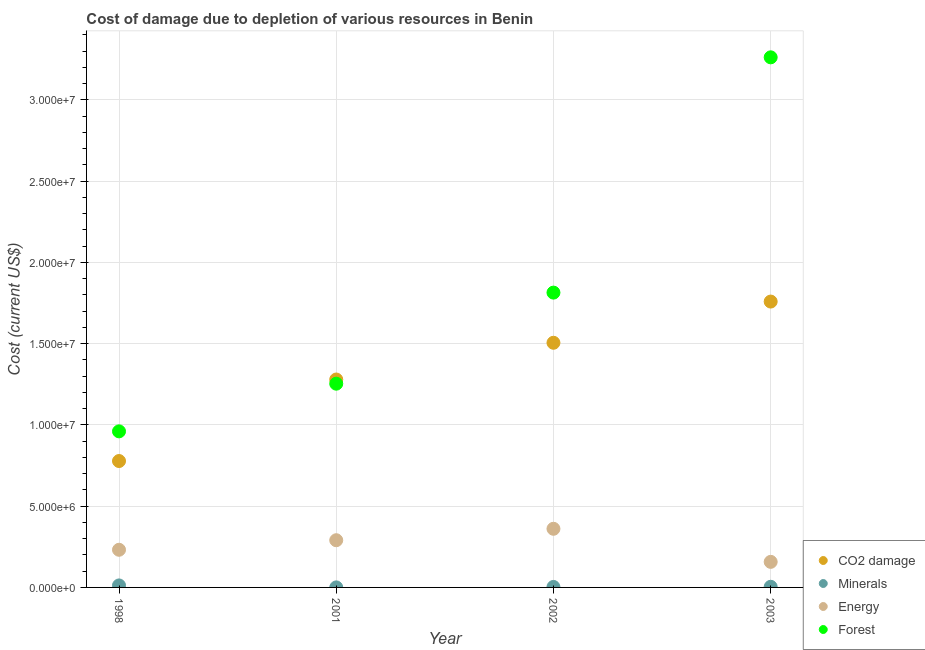
| Year | CO2 damage | Minerals | Energy | Forest |
 | --- | --- | --- | --- | --- |
 | 1998 | 7.78e+06 | 1.23e+05 | 2.32e+06 | 9.6e+06 |
 | 2001 | 1.28e+07 | 2.03e+03 | 2.9e+06 | 1.25e+07 |
 | 2002 | 1.51e+07 | 2.96e+04 | 3.61e+06 | 1.81e+07 |
 | 2003 | 1.76e+07 | 3.92e+04 | 1.57e+06 | 3.26e+07 |